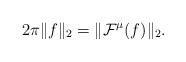
LaTeX: \begin{align*} 2\pi \|f\|_2 = \|\mathcal{F}^\mu(f)\|_2 .\end{align*}